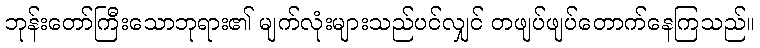
ဘုန်းတော်ကြီးသောဘုရား၏ မျက်လုံးများသည်ပင်လျှင် တဖျပ်ဖျပ်တောက်နေကြသည်။